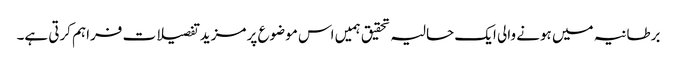
برطانیہ میں ہونے والی ایک حالیہ تحقیق ہمیں اس موضوع پر مزید تفصیلات فراہم کرتی ہے۔